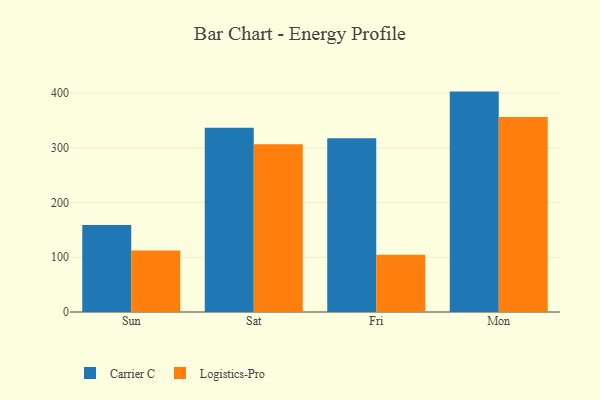
{"axis": {"x": "Day", "y": "Page Views"}, "legend": ["Carrier C", "Logistics-Pro"], "data": [{"x": "Sun", "y": 159.1, "type": "Carrier C"}, {"x": "Sun", "y": 112.4, "type": "Logistics-Pro"}, {"x": "Sat", "y": 336.6, "type": "Carrier C"}, {"x": "Sat", "y": 306.6, "type": "Logistics-Pro"}, {"x": "Fri", "y": 317.2, "type": "Carrier C"}, {"x": "Fri", "y": 104.7, "type": "Logistics-Pro"}, {"x": "Mon", "y": 402.6, "type": "Carrier C"}, {"x": "Mon", "y": 356.2, "type": "Logistics-Pro"}]}